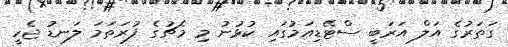
ގަތަރުގެ އަލް އަރަބީ ސްޓޭޑިއަމުގައި ކުޅުނު މި މެޗުގެ ފުރަތަމަ ލަނޑު ޖެހީ